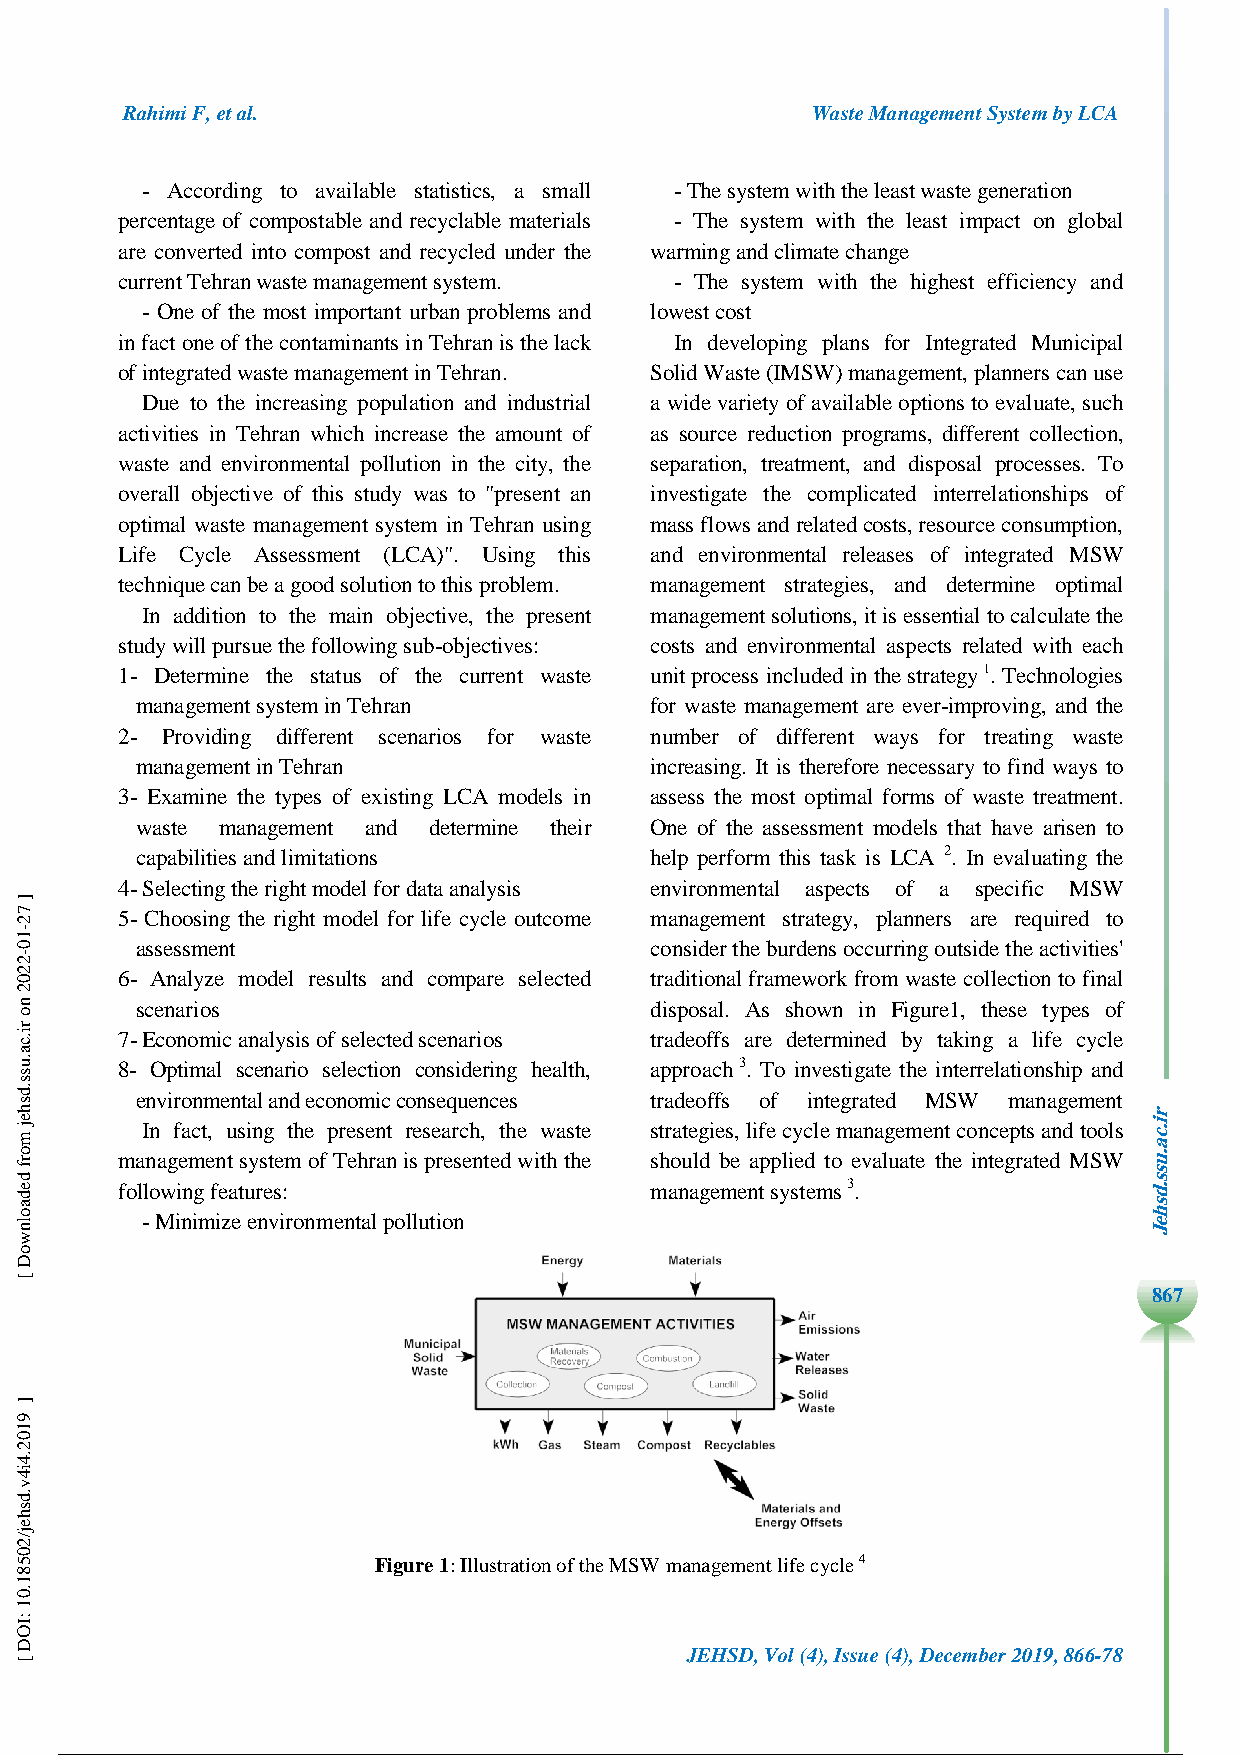
Rahimi F, et al.                              Waste Management System by LCA
 - According to available statistics, a small - The system with the least waste generation
 percentage of compostable and recyclable materials - The system with the least impact on global
 are converted into compost and recycled under the warming and climate change
 current Tehran waste management system. - The system with the highest efficiency and
 - One of the most important urban problems and lowest cost
 in fact one of the contaminants in Tehran is the lack In developing plans for Integrated Municipal
 of integrated waste management in Tehran. Solid Waste (IMSW) management, planners can use
 Due to the increasing population and industrial a wide variety of available options to evaluate, such
 activities in Tehran which increase the amount of as source reduction programs, different collection,
 waste and environmental pollution in the city, the separation, treatment, and disposal processes. To
 overall objective of this study was to "present an investigate the complicated interrelationships of
 optimal waste management system in Tehran using mass flows and related costs, resource consumption,
 Life Cycle Assessment (LCA)". Using this and environmental releases of integrated MSW
 technique can be a good solution to this problem. management strategies, and determine optimal
 In addition to the main objective, the present management solutions, it is essential to calculate the
 study will pursue the following sub-objectives: costs and environmental aspects related with each
 1- Determine the status of the current waste unit process included in the strategy 1. Technologies
 management system in Tehran       for waste management are ever-improving, and the
 2- Providing different scenarios for waste number of different ways for treating waste
 management in Tehran              increasing. It is therefore necessary to find ways to
 3- Examine the types of existing LCA models in assess the most optimal forms of waste treatment.
 waste management and determine their One of the assessment models that have arisen to
 capabilities and limitations      help perform this task is LCA 2. In evaluating the
 4- Selecting the right model for data analysis environmental aspects of a specific MSW
 5- Choosing the right model for life cycle outcome management strategy, planners are required to
 assessment                        consider the burdens occurring outside the activities'
 6- Analyze model results and compare selected traditional framework from waste collection to final
 scenarios                         disposal. As shown in Figure1, these types of
 7- Economic analysis of selected scenarios tradeoffs are determined by taking a life cycle
 8- Optimal scenario selection considering health, approach 3. To investigate the interrelationship and
 environmental and economic consequences tradeoffs of integrated MSW management
 In fact, using the present research, the waste strategies, life cycle management concepts and tools
 management system of Tehran is presented with the should be applied to evaluate the integrated MSW
 following features:                management systems 3.
 - Minimize environmental pollution
 8687
 Figure 1: Illustration of the MSW management life cycle 4
 JEHSD, Vol (4), Issue (4), December 2019, 866-78
 2 / 13
 ]
 72-10-2202
 no
 ri.ca.uss.dshej
 morf
 dedaolnwoD
 [
 ]
 9102.4i4v.dshej/20581.01
 :IOD
 [
 rrii..ccaa..uussss..ddsshheeJJ